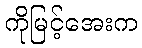
ကိုမြင့်အေးက